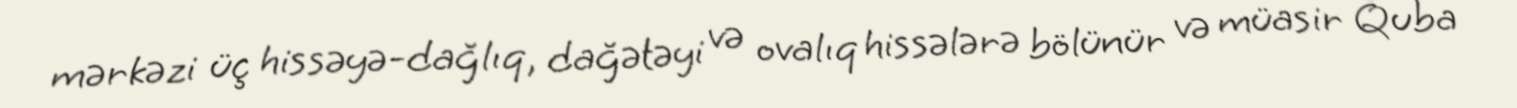
mərkəzi üç hissəyə-dağlıq, dağətəyi və ovalıq hissələrə bölünür və müasir Quba